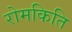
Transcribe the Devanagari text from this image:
रोमकिति